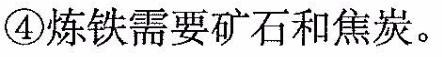
④炼铁需要矿石和焦炭。